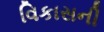
વિકાસની